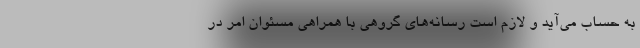
به حساب می‌آید و لازم است رسانه‌های گروهی با همراهی مسئوان امر در